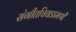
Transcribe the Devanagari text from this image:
संगीतचिवडामणी